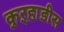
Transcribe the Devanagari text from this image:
कुऱ्हाडीस